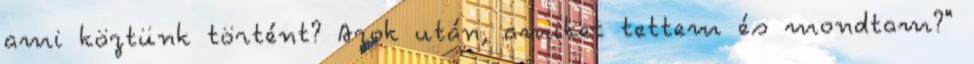
ami köztünk történt? Azok után, amiket tettem és mondtam?"